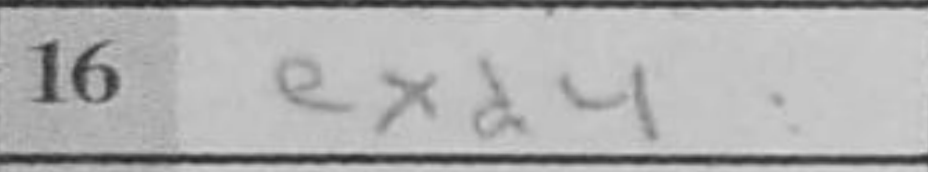
Transcription: exd4